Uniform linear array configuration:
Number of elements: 16
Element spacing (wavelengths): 1
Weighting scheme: hamming
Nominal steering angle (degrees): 30
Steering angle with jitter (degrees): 31.019
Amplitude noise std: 0.05
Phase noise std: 0.05

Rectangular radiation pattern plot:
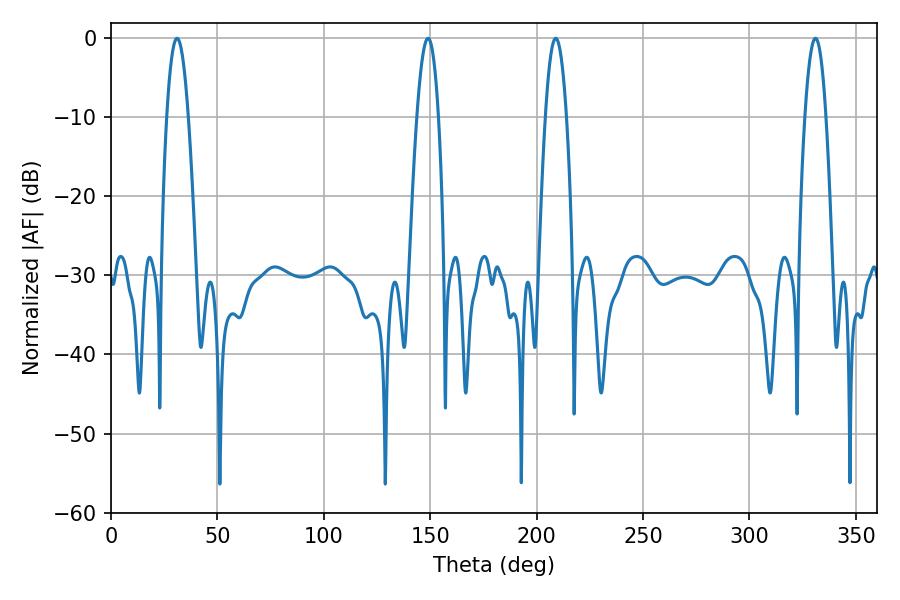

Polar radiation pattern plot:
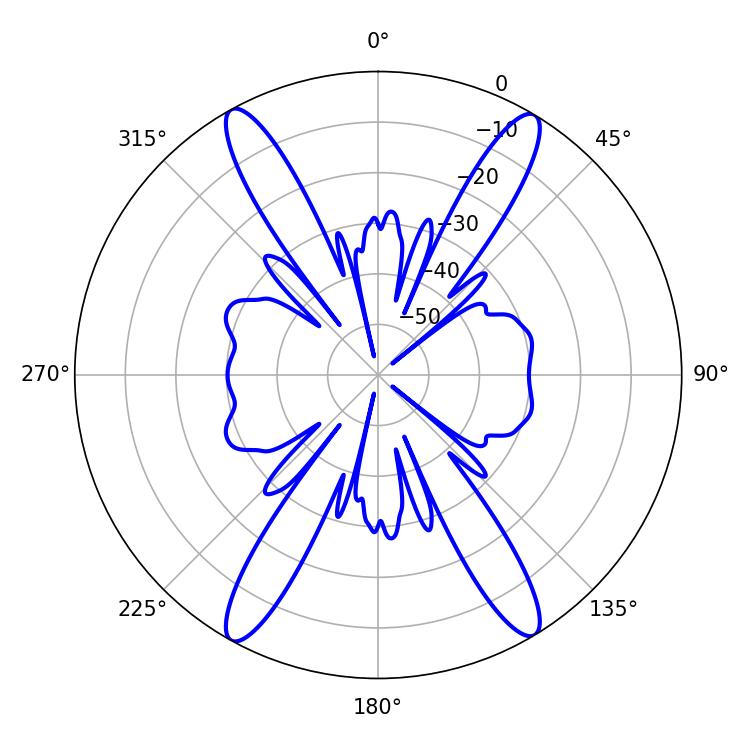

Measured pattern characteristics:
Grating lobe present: TRUE
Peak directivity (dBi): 23.594
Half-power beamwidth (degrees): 5.4
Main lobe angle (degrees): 331.02